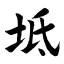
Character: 坻